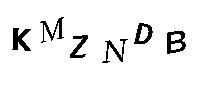
KMZNDB